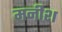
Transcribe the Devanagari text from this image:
मनीश